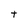
Character: t